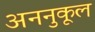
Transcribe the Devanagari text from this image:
अननुकूल